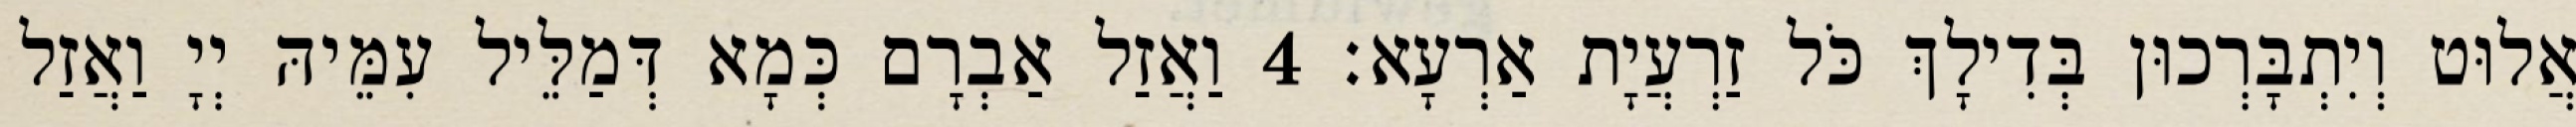
אֲלוּט וְיִתְבָּרְכוּן בְּדִילָךְ כֹּל זַרְעֲיָת אַרְעָא׃ 4 וַאֲזַל אַבְרָם כְּמָא דְּמַלֵּיל עִמֵּיהּ יְיָ וַאֲזַל